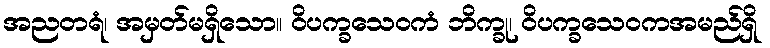
အညတရံ၊ အမှတ်မရှိသော။ ဝိပက္ခသေဝကံ ဘိက္ခု၊ ဝိပက္ခသေဝကအမည်ရှိ